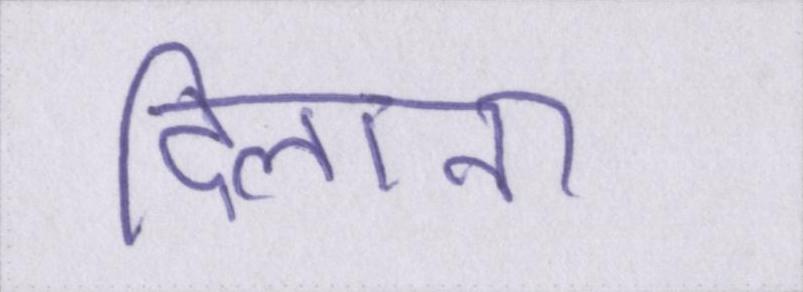
दिलाना